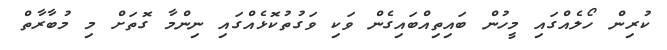
ކުރިން ހޯލެއްގައި މީހުން ބައިތިއްބައިގެން ވަކި ވަގުތުކޮޅެއްގައި ނިންމާ ގޮތަށް މި މުބާރާތް